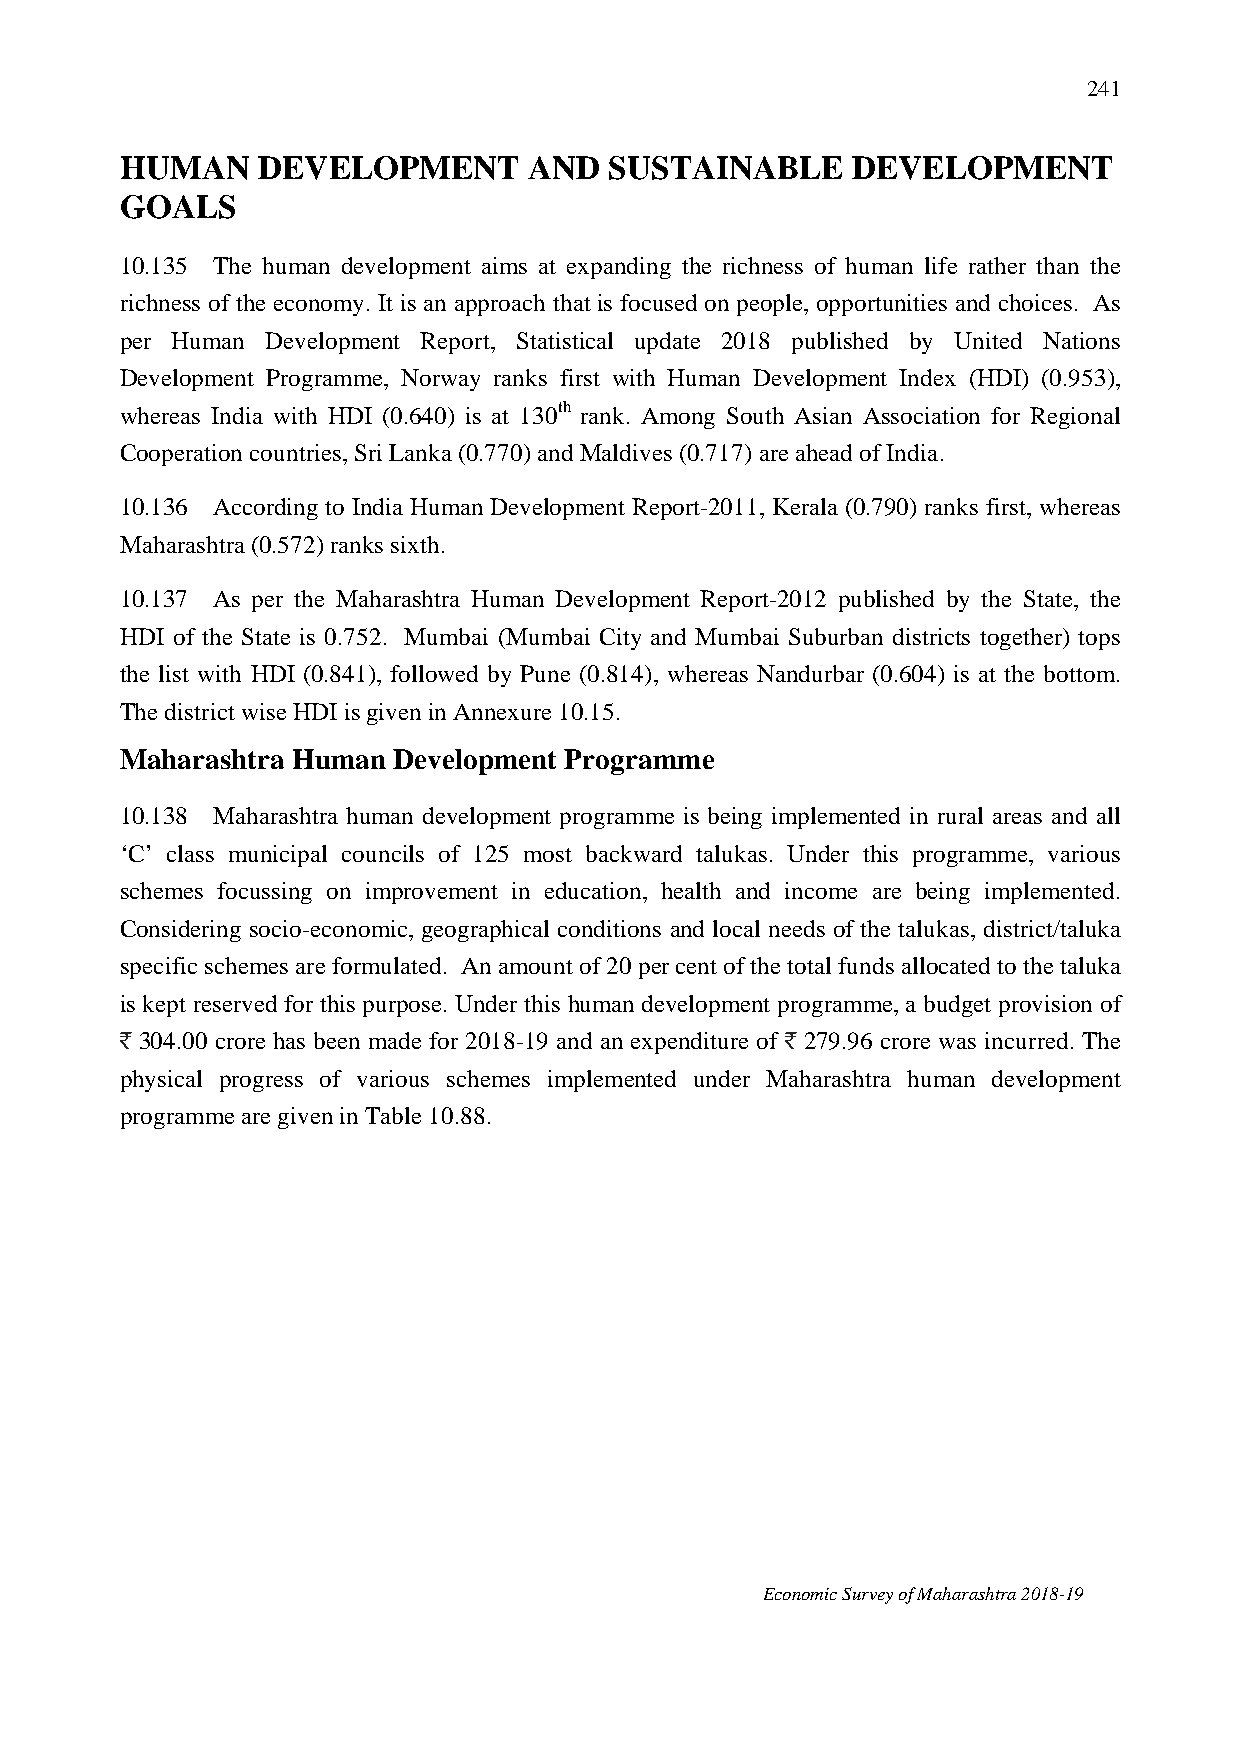
241
 HUMAN    DEVELOPMENT       AND  SUSTAINABLE     DEVELOPMENT
 GOALS
 10.135 The human development aims at expanding the richness of human life rather than the
 richness of the economy. It is an approach that is focused on people, opportunities and choices. As
 per Human Development Report, Statistical update 2018 published by United Nations
 Development Programme, Norway ranks first with Human Development Index (HDI) (0.953),
 whereas India with HDI (0.640) is at 130th rank. Among South Asian Association for Regional
 Cooperation countries, Sri Lanka (0.770) and Maldives (0.717) are ahead of India.
 10.136 According to India Human Development Report-2011, Kerala (0.790) ranks first, whereas
 Maharashtra (0.572) ranks sixth.
 10.137 As per the Maharashtra Human Development Report-2012 published by the State, the
 HDI of the State is 0.752. Mumbai (Mumbai City and Mumbai Suburban districts together) tops
 the list with HDI (0.841), followed by Pune (0.814), whereas Nandurbar (0.604) is at the bottom.
 The district wise HDI is given in Annexure 10.15.
 Maharashtra Human Development Programme
 10.138 Maharashtra human development programme is being implemented in rural areas and all
 ‘C’ class municipal councils of 125 most backward talukas. Under this programme, various
 schemes focussing on improvement in education, health and income are being implemented.
 Considering socio-economic, geographical conditions and local needs of the talukas, district/taluka
 specific schemes are formulated. An amount of 20 per cent of the total funds allocated to the taluka
 is kept reserved for this purpose. Under this human development programme, a budget provision of
 ` 304.00 crore has been made for 2018-19 and an expenditure of ` 279.96 crore was incurred. The
 physical progress of various schemes implemented under Maharashtra human development
 programme are given in Table 10.88.
 Economic Survey of Maharashtra 2018-19